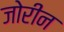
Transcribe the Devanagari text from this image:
जोरीन